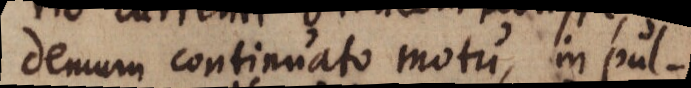
demum continuato motu, in pul-